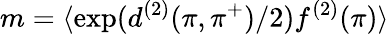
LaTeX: m=\langle\exp(d^{(2)}(\pi,\pi^{+})/2)f^{(2)}(\pi)\rangle